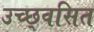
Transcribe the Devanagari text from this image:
उच्छ्‌वसित